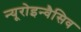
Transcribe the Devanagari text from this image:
न्यूरोइन्वैसिव